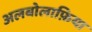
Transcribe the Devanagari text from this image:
अलबोलाफ़िया